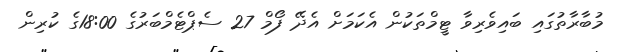
މުބާރާތުގައި ބައިވެރިވާ ޓީމްތަކުން އެކަމަށް އެދޭ ފޯމް 27 ސެޕްޓެމްބަރުގެ 18:00ގެ ކުރިން